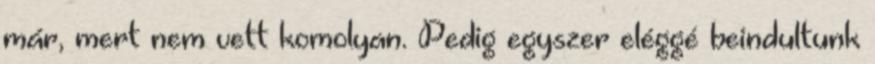
már, mert nem vett komolyan. Pedig egyszer eléggé beindultunk